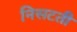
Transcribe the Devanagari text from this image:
निसटती